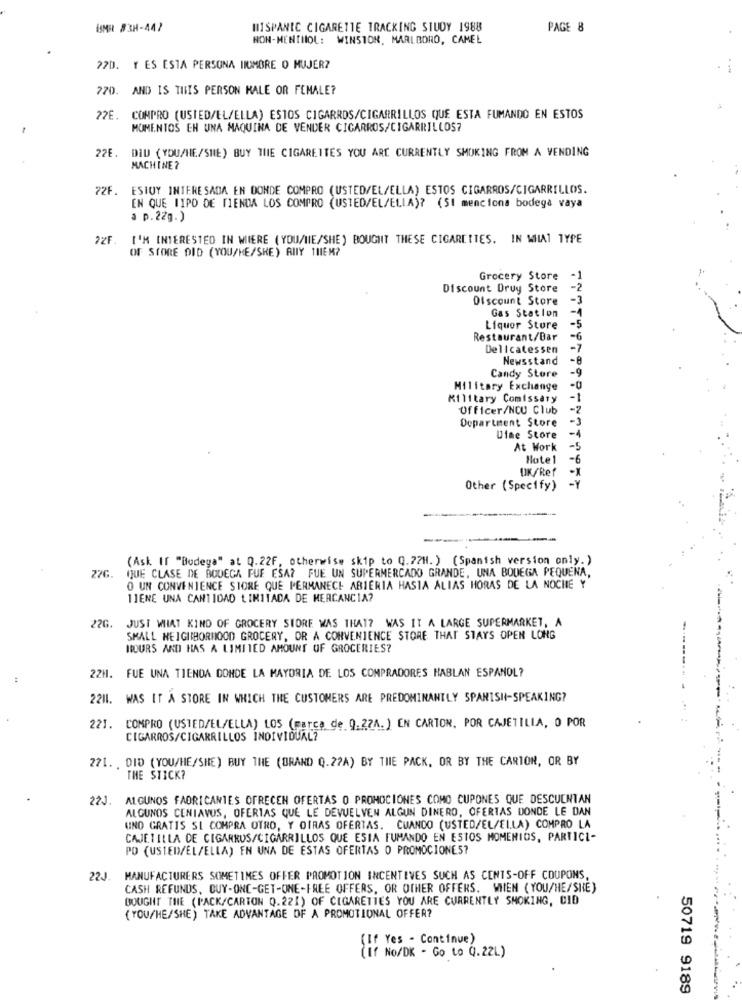
USMR #3H-447
HISPANIC CIGARETTE TRACKING STUDY 1988
PAGE 8
NON-MENTHOL: WINSTON, MARLBORO, CAMEL
22D. Y ES ESTA PERSONA MIMBRE O MUJER?
770. AND IS THIS PERSON MALE OR FEMALE?
77E. COMPRO (USTED/EL/ELLA) ESTOS CIGARROS/CIGARRILLOS QUE ESTA FUMANDO EN ESTOS
MOMENTOS EN UNA MAQUINA DE VENDER CIGARROS/CIGARRILLOS?
22E. DID (YOU/HE/SHE) BUY THE CIGARETTES YOU ARE CURRENTLY SMOKING FROM A VENDING
MACHINE ?
72F. ESTOY INTERESADA EN DONDE COMPRO (USTED/EL/ELLA) ESTOS CIGARROS/CIGARRILLOS.
EN QUE TIPO DE TIENDA LOS COMPRO (USTED/EL/ELLA)? (51 menciona bodega vaya
a p.22g.)
22F.
I'M INTERESTED IN WIIERE (YOU/NIE/SHE) BOUGHT THESE CIGARETTES. IN WHAT TYPE
OF STORE DID (YOU/HE/SHE) AIIY THEM?
Grocery Store
-1
Discount Drug Store
-2
Discount Store -3
Gas Station
-1
Liquor Store
-5
Restaurant/Bar
-6
Delicatessen
-7
Newsstand
-8
-9
Candy Store
Military Exchange
-0
Military Comissary
-1
Officer/NOU Club
-2
Department Store
-3
Ulae Store
-4
At Work
-5
Hotel
-6
UK/Ref
-Y
Other (Specify)
(Ask If "Bodega" at Q.22F, otherwise skip to Q.72H. ) (Spanish version only.)
27G. (JUE CLASE DE BODEGA FUE ESA? FUE UN SUPERMERCADO GRANDE, UNA BODEGA PEQUENA,
O UN CONVENIENCE STORE QUE PERMANECI ABIERIA HASIA ALIAS HORAS DE LA NOCHE Y
1JENE UNA CANTIDAD LIMITADA DE MERCANCIA?
22G. JUST WHAT KIND OF GROCERY STORE WAS THAT? WAS IT A LARGE SUPERMARKET, A
SMALL NEIGHBORHOOD GROCERY, OR A CONVENIENCE STORE THAT STAYS OPEN LONG
HOURS AND HAS A LIMITED AMOUNT OF GROCERIES?
22H. FUE UNA TIENDA DONDE LA MAYORIA DE LOS COMPRADORES HABLAN ESPANOL?
2211. WAS IT & STORE IN WHICH THE CUSTOMERS ARE PREDOMINANTLY SPANISH-SPEAKING?
221.
COMPRO (USTED/EL/ELLA) LOS (marca de 9.27A.) EN CARTON, POR CAJETILLA, O POR
CIGARROS/CIGARRILLOS INDIVIDUAL?
271. DID (YOU/HE/SHE) BUY THE (BRAND Q. 27A) BY THE PACK, OR BY THE CARTON, OR BY
THE STICK?
22J
ALGUNOS FABRICANTES OFRECEN OFERTAS O PROMOCIONES COMO CUPONES QUE DESCUENTAN
ALGUNOS CENIAVUS, OFERTAS QUE LE DEVUELVEN ALGUN DINERO, OFERTAS DONDE LE DAN
UNO GRATIS SI COMPRA OTRO, Y OTRAS OFERTAS. CUANDO (USTED/EL/ELLA) COMPRO LA
CAJETILLA DE CIGARROS/CIGARRILLOS QUE ESTA FUMANDO EN ESTOS MOMENTOS, PARTICI-
PO (USTED/EL/ELLA) EN UNA DE ESTAS OFERTAS O PROMOCIONES?
22J. MANUFACTURERS SOMETIMES OFFER PROMOTION INCENTIVES SUCH AS CENTS-OFF COUPONS,
CASH REFUNDS, CUY-ONE-GET-ONE-FREE OFFERS, OR OTHER OFFERS. WIEN (YOU/HE/SHE)
BOUGHT THE (PACK/CARTON Q.221) OF CIGARETTES YOU ARE CURRENTLY SMOKING, CID
( YOU/HE/SHE) TAKE ADVANTAGE OF A PROMOTIONAL OFFER?
(If Yes - Continue)
(If NO/DK - Go to Q. 22L)
50719 9189